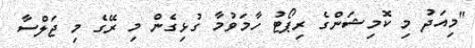
"މިއަދު މި ކޮމިޝަންގެ ރިޕޯޓު ހާމަވުމާ ގުޅިގެން މި ރޭގެ މި ޖަލްސާ